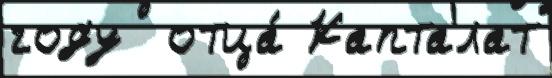
году  отца́ Капталат